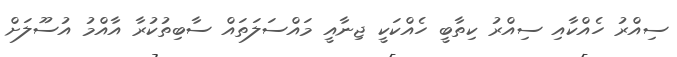
ސިއްރު ހެއްކާއި ސިއްރު ކިތާބީ ހެއްކަކީ ޖިނާއީ މައްސަލަތައް ސާބިތުކުރާ އާއްމު އުސޫލަށް